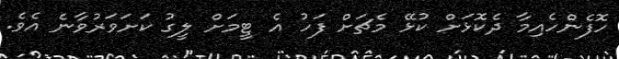
ހޮފެންހެއިމާ ދެކޮޅަށް ކުޅޭ މެޗަށް ފަހު އެ ޓީމަށް ލީގު ކަށަވަރުވާނެ އެވެ.